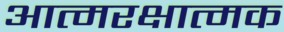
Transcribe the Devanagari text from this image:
आत्मरक्षात्मक